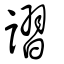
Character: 謵